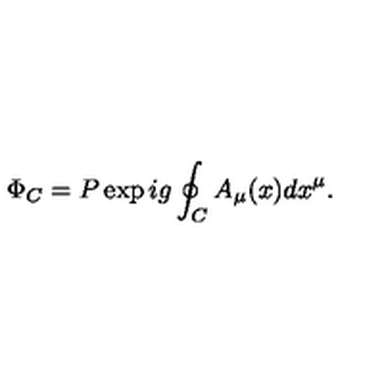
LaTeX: \Phi _ { C } = P \exp i g \oint _ { C } A _ { \mu } ( x ) d x ^ { \mu } .